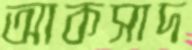
আকসাদ